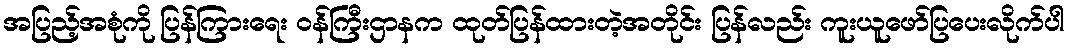
အပြည့်အစုံကို ပြန်ကြားရေး ဝန်ကြီးဌာနက ထုတ်ပြန်ထားတဲ့အတိုင်း ပြန်လည်း ကူးယူဖော်ပြပေးလိုက်ပါ